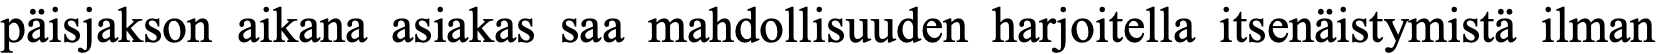
päisjakson aikana asiakas saa mahdollisuuden harjoitella itsenäistymistä ilman